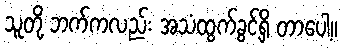
သူတို့ ဘက်ကလည်း အသံထွက်ခွင့်ရှိ တာပေါ့။